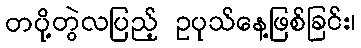
တပို့တွဲလပြည့် ဥပုသ်နေ့ဖြစ်ခြင်း၊